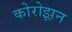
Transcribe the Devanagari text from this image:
कोरोझ़न